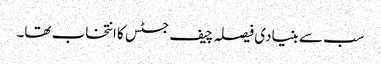
سب سے بنیادی فیصلہ چیف جسٹس کا انتخاب تھا۔